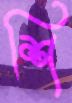
শি